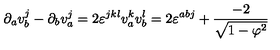
\partial _ { a } v _ { b } ^ { j } - \partial _ { b } v _ { a } ^ { j } = 2 \varepsilon ^ { j k l } v _ { a } ^ { k } v _ { b } ^ { l } = 2 \varepsilon ^ { a b j } + \frac { - 2 } { \sqrt { 1 - \varphi ^ { 2 } } }